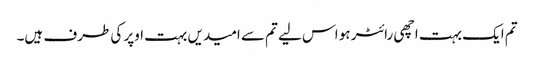
تم ایک بہت اچھی رائٹر ہو اس لیے تم سے امیدیں بہت اوپر کی طرف ہیں۔